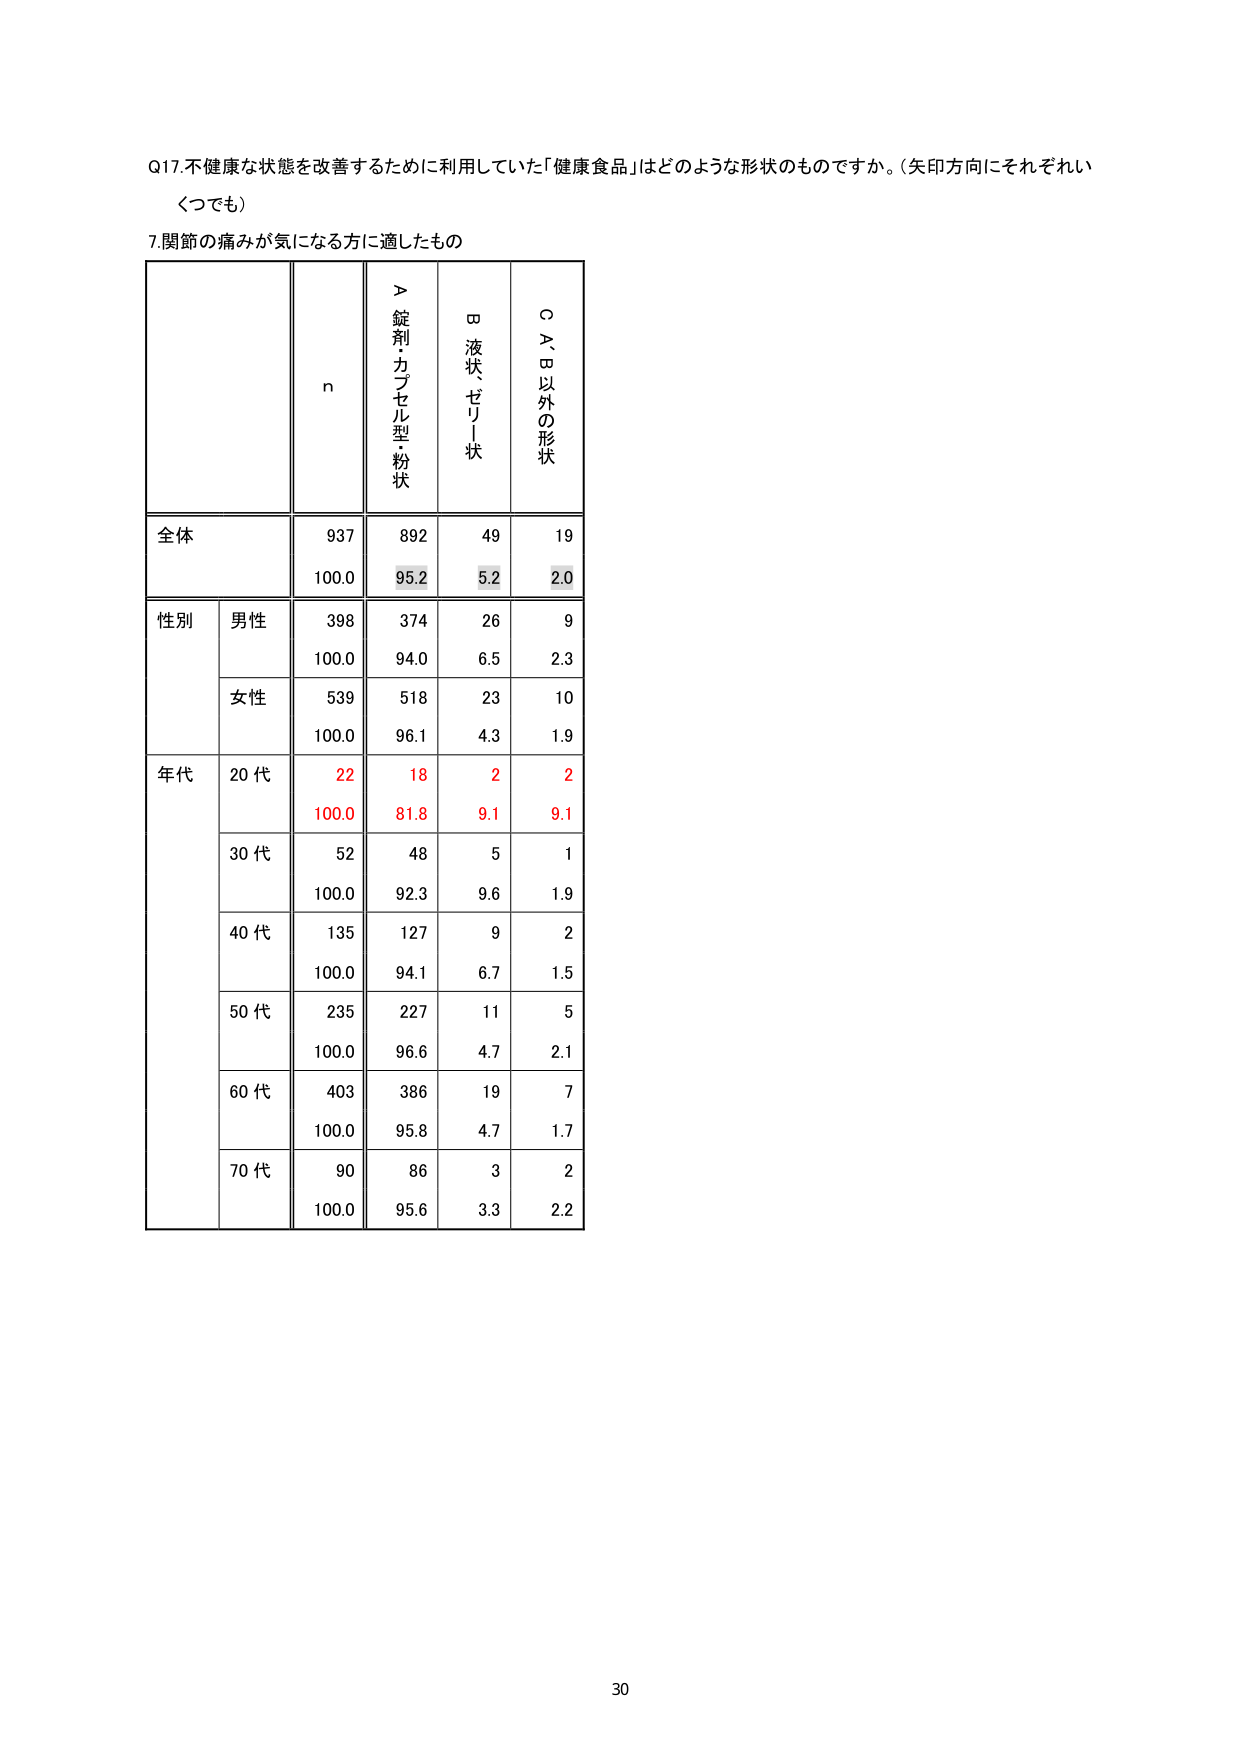
Q17.不健康な状態を改善するために利用していた「健康食品」はどのような形状のものですか。（矢印方向にそれぞれいくつでも）

7.関節の痛みが気になる方に適したもの

n
＞錠剤・カプセル型・粉状
□液状・ゼリー状
○A、B以外の形状

全体
937
892
49
19
100.0
95.2
5.2
2.0

性別
男性
398
374
26
9
100.0
94.0
6.5
2.3
女性
539
518
23
10
100.0
96.1
4.3
1.9

年代
20代
22
18
2
2
100.0
81.8
9.1
9.1
30代
52
48
5
1
100.0
92.3
9.6
1.9
40代
135
127
9
2
100.0
94.1
6.7
1.5
50代
235
227
11
5
100.0
96.6
4.7
2.1
60代
403
386
19
7
100.0
95.8
4.7
1.7
70代
90
86
3
2
100.0
95.6
3.3
2.2

30